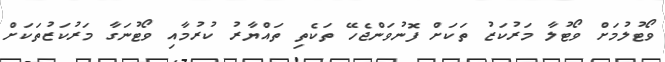
ވޯޓުލުމަށް ވޯޓުލާ މަރުކަޒު ތަކަށް ފޮނުވަންޖެހޭ ތަކެތި ތައްޔާރު ކުރުމާއި ވޯޓުނަގާ މަރުކަޒުތަކަށް